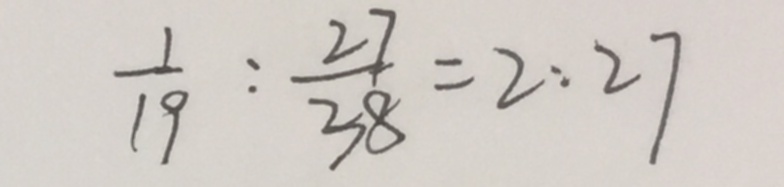
\frac { 1 } { 1 9 } : \frac { 2 7 } { 3 8 } = 2 : 2 7